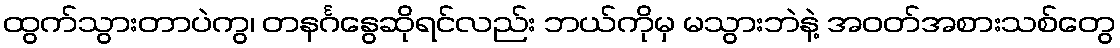
ထွက်သွားတာပဲကွ၊ တနင်္ဂနွေဆိုရင်လည်း ဘယ်ကိုမှ မသွားဘဲနဲ့ အဝတ်အစားသစ်တွေ